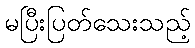
မပြီးပြတ်သေးသည့်